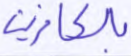
بالكافرين